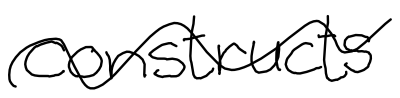
Text: constructs
Cross-out: wave
Writing tool: digital_black